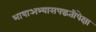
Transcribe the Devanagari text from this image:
भाषाअभ्यासपद्धतीपेक्षा